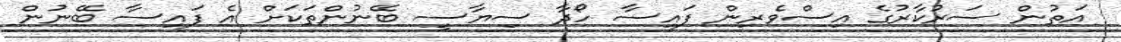
އަތުން ސަރުކާރުގެ އިސްވެރިން ފައިސާ ހޯދާ ސިޔާސީ ބޭނުންތަކަށް އެ ފައިސާ ބޭނުން